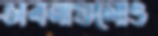
ভাবনাগুলোও